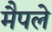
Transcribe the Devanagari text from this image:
मैपले